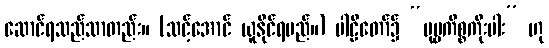
ဆောင်ရသည်သာတည်း။ (သင့်အောင် ယူနိုင်ရမည်။) ပါဠိတော်၌ “ပုဗ္ဗကိစ္စကိုးပါး” ဟု